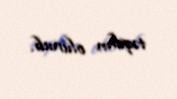
təqdim olunub.